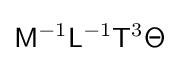
{\mathsf {M}}^{-1}{\mathsf {L}}^{-1}{\mathsf {T}}^{3}{\mathsf {\Theta }}